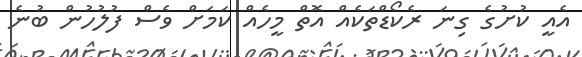
އެއީ ކުށުގެ ގިނަ ރެކޯޑްތަކެއް އޮތް މީހެއް ކަމަށް ވެސް ފުލުހުން ބުނެ